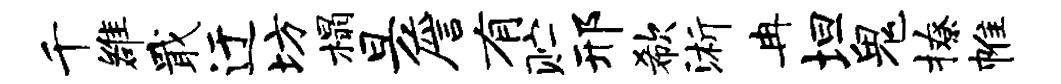
千雒戢迂坊榻旦詹有贮邢欷浙冉坦鬼撩帷